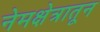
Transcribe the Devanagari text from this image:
नेमक्षेत्रातून